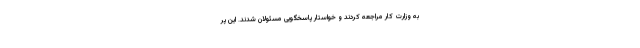
به وزارت کار مراجعه کردند و خواستار پاسخگویی مسئولان شدند. این پر